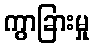
ကွာခြားမှု